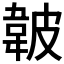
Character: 𱂁